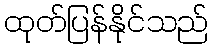
ထုတ်ပြန်နိုင်သည်